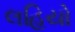
લહિયો